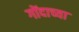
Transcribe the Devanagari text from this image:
गोंदाच्या